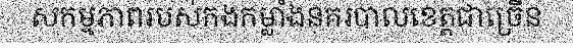
សកម្មភាពរបស់កងកម្លាំងនគរបាលខេត្តជាច្រើន